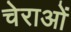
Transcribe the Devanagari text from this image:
चेराओं